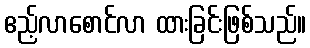
ဧည့်လာစောင်လာ ထားခြင်းဖြစ်သည်။